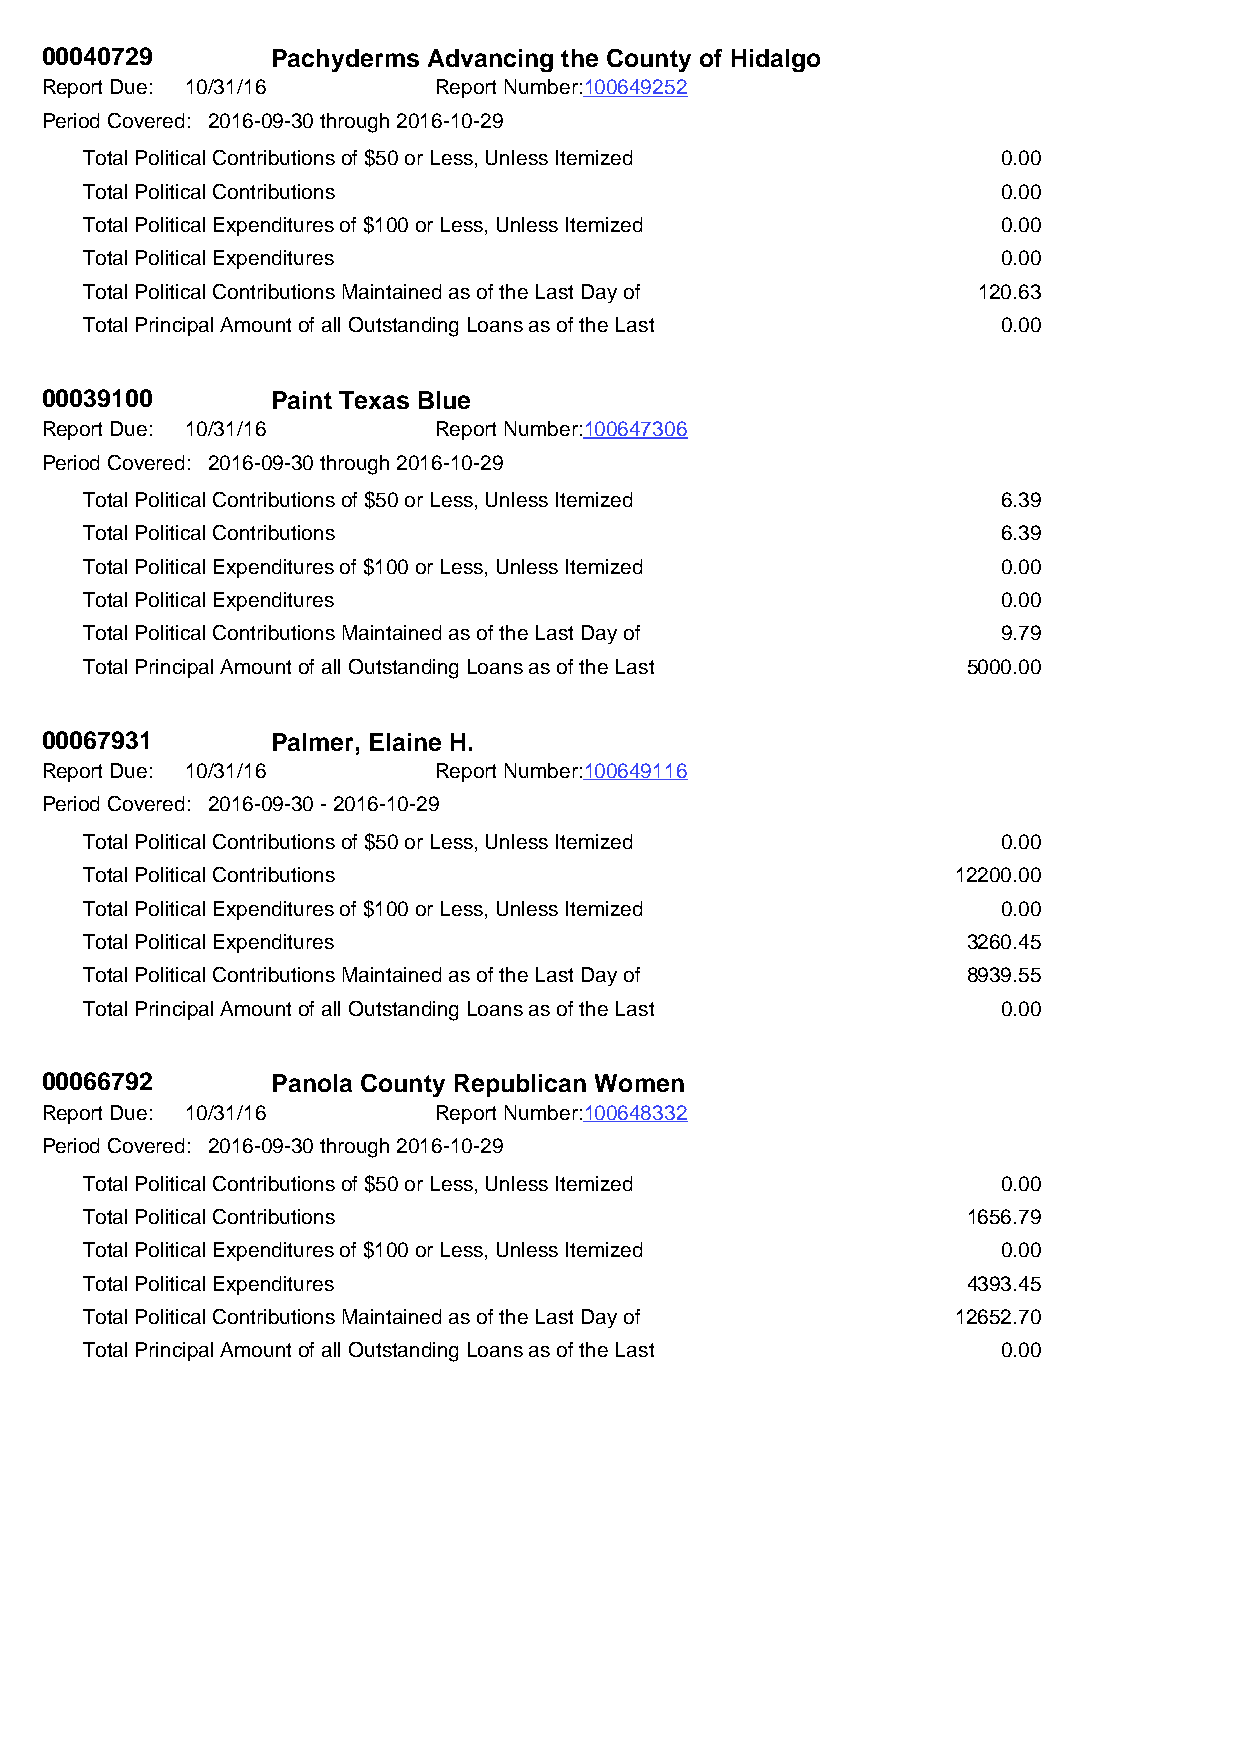
00040729       Pachyderms Advancing the County of Hidalgo
 Report Due: 10/31/16      Report Number:100649252
 Period Covered: 2016-09-30 through 2016-10-29
 Total Political Contributions of $50 or Less, Unless Itemized 0.00
 Total Political Contributions                               0.00
 Total Political Expenditures of $100 or Less, Unless Itemized 0.00
 Total Political Expenditures                                0.00
 Total Political Contributions Maintained as of the Last Day of 120.63
 Total Principal Amount of all Outstanding Loans as of the Last 0.00
 00039100       Paint Texas Blue
 Report Due: 10/31/16      Report Number:100647306
 Period Covered: 2016-09-30 through 2016-10-29
 Total Political Contributions of $50 or Less, Unless Itemized 6.39
 Total Political Contributions                               6.39
 Total Political Expenditures of $100 or Less, Unless Itemized 0.00
 Total Political Expenditures                                0.00
 Total Political Contributions Maintained as of the Last Day of 9.79
 Total Principal Amount of all Outstanding Loans as of the Last 5000.00
 00067931       Palmer, Elaine H.
 Report Due: 10/31/16      Report Number:100649116
 Period Covered: 2016-09-30 - 2016-10-29
 Total Political Contributions of $50 or Less, Unless Itemized 0.00
 Total Political Contributions                            12200.00
 Total Political Expenditures of $100 or Less, Unless Itemized 0.00
 Total Political Expenditures                              3260.45
 Total Political Contributions Maintained as of the Last Day of 8939.55
 Total Principal Amount of all Outstanding Loans as of the Last 0.00
 00066792       Panola County Republican Women
 Report Due: 10/31/16      Report Number:100648332
 Period Covered: 2016-09-30 through 2016-10-29
 Total Political Contributions of $50 or Less, Unless Itemized 0.00
 Total Political Contributions                             1656.79
 Total Political Expenditures of $100 or Less, Unless Itemized 0.00
 Total Political Expenditures                              4393.45
 Total Political Contributions Maintained as of the Last Day of 12652.70
 Total Principal Amount of all Outstanding Loans as of the Last 0.00